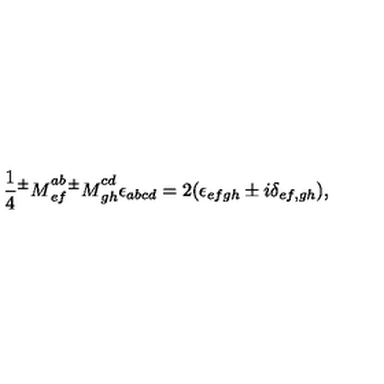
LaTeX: \frac 1 4 { ^ \pm M } _ { e f } ^ { a b } { ^ \pm M } _ { g h } ^ { c d } \epsilon _ { a b c d } = 2 ( \epsilon _ { e f g h } \pm i \delta _ { e f , g h } ) ,